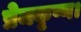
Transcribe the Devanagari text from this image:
प्रेमकृष्ण।